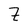
Character: Z